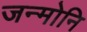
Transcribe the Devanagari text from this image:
जन्मोनि